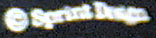
@ Sprint Dragn